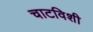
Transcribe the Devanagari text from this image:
चाटविशी